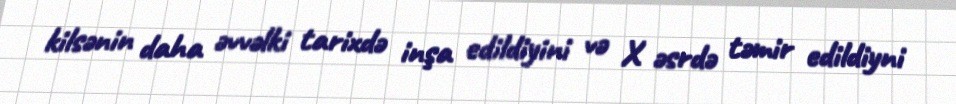
kilsənin daha əvvəlki tarixdə inşa edildiyini və X əsrdə təmir edildiyni